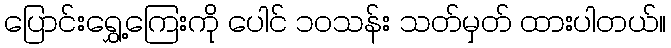
ပြောင်းရွှေ့ကြေးကို ပေါင် ၁၀သန်း သတ်မှတ် ထားပါတယ်။